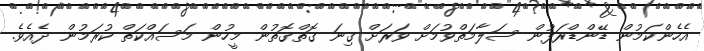
އެހެންކަމުން ޑޭންޑްރަފުން ސަލާމަތްވުމަށް ވަރަށް ގިނަ ގޮތްގޮތުން މީހުން މަސައްކަތް ކުރަމުން ދެއެވެ.